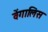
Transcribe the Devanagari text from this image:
वेंगालिस